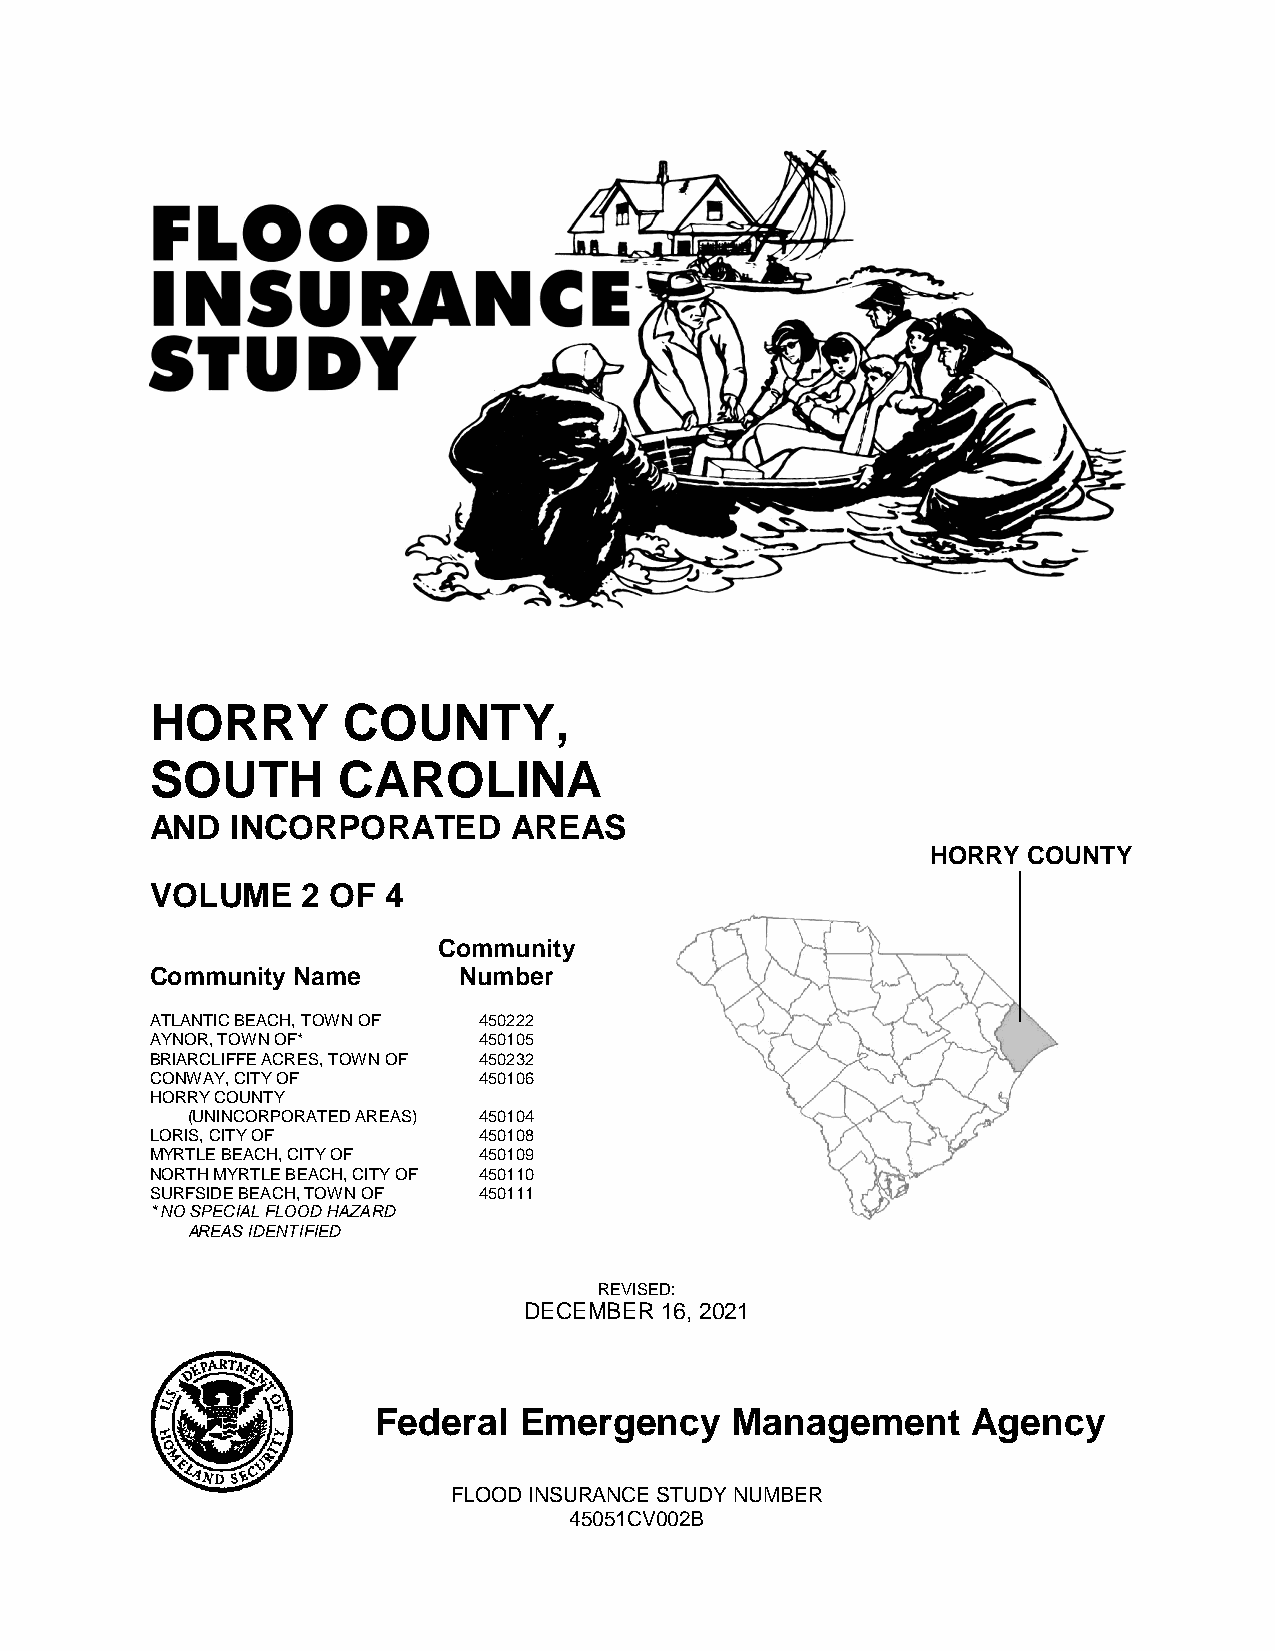
HORRY        COUNTY,
 SOUTH       CAROLINA
 AND  INCORPORATED       AREAS
 HORRY COUNTY
 VOLUME    2 OF  4
 Community
 Community Name      Number
 ATLANTIC BEACH, TOWN OF 450222
 AYNOR, TOWN OF*       450105
 BRIARCLIFFE ACRES, TOWN OF 450232
 CONWAY, CITY OF       450106
 HORRY COUNTY
 (UNINCORPORATED AREAS) 450104
 LORIS, CITY OF        450108
 MYRTLE BEACH, CITY OF 450109
 NORTH MYRTLE BEACH, CITY OF 450110
 SURFSIDE BEACH, TOWN OF 450111
 * NO SPECIAL FLOOD HAZARD
 AREAS IDENTIFIED
 REVISED:
 DECEMBER 16, 2021
 Federal  Emergency     Management      Agency
 FLOOD INSURANCE STUDY NUMBER
 45051CV002B